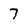
Character: 7